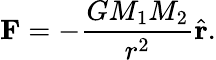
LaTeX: {\mathbf F}=-\frac{GM_{1}M_{2}}{r^{2}}\hat{\mathbf r}.